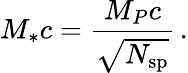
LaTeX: M_{*}c=\frac{M_{P}c}{\sqrt{N_{\mathrm{sp}}}}\, .